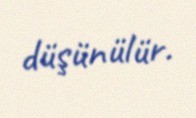
düşünülür.